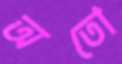
অতো